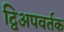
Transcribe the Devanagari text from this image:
द्विअपवर्तक